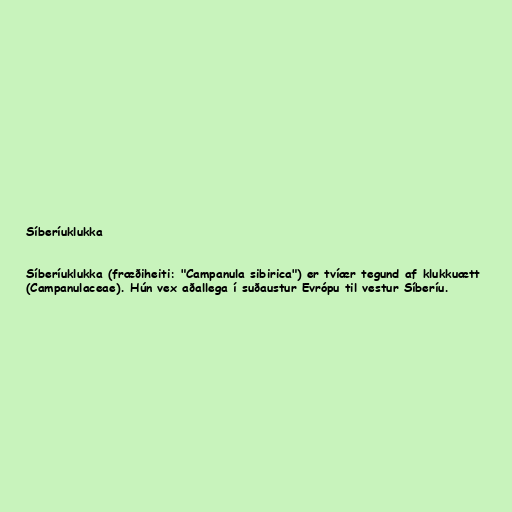
Síberíuklukka

Síberíuklukka (fræðiheiti: "Campanula sibirica") er tvíær tegund af klukkuætt
(Campanulaceae). Hún vex aðallega í suðaustur Evrópu til vestur Síberíu.